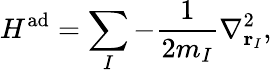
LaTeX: H^{\mathrm{ad}}=\sum_{I}-\frac 1{2m_{I}}\nabla_{\mathbf{r}_{I}}^{2},